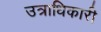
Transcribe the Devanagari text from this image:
उत्राधिकारी